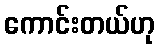
ကောင်းတယ်ဟု